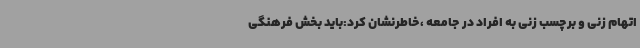
اتهام زنی و برچسب زنی به افراد در جامعه ،خاطرنشان کرد:باید بخش فرهنگی